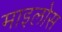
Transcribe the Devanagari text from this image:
माइलोस